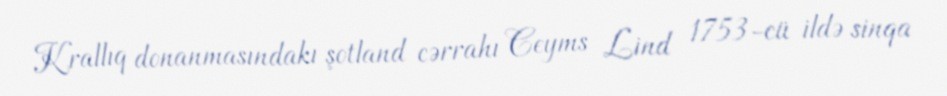
Krallıq donanmasındakı şotland cərrahı Ceyms Lind 1753-cü ildə sinqa